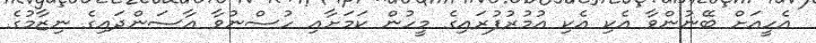
އެހީއަށް ބޭނުންވާ އެކި އެކި އުމުރުފުރައިގެ މީހުން ކަމަށާއި ހުސްނުވާ އާސަންދައިގެ ނިޒާމުގެ